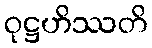
ဝုဋ္ဌဟိဿတိ